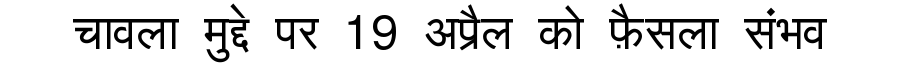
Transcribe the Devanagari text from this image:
चावला मुद्दे पर 19 अप्रैल को फ़ैसला संभव